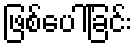
ဖြစ်ပေါ်ခြင်း